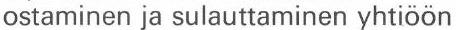
ostaminen ja sulauttaminen yhtiöön